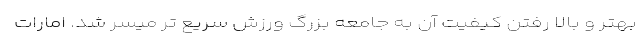
بهتر و بالا رفتن کیفیت آن به جامعه بزرگ ورزش سریع تر میسر شد. امارات